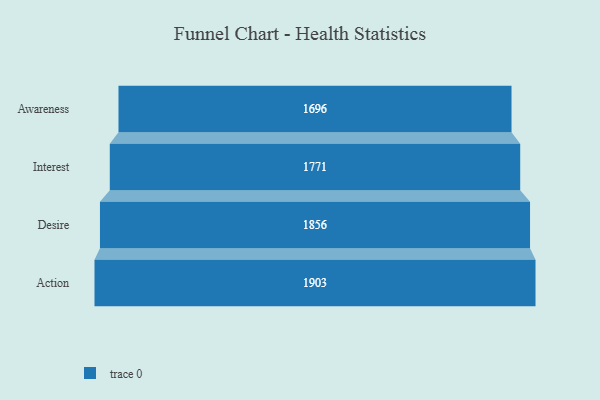
{"axis": {"x": "Stage", "y": "Value"}, "legend": [""], "data": [{"x": "Awareness", "y": 1696.0, "type": ""}, {"x": "Interest", "y": 1771.0, "type": ""}, {"x": "Desire", "y": 1856.0, "type": ""}, {"x": "Action", "y": 1903.0, "type": ""}]}